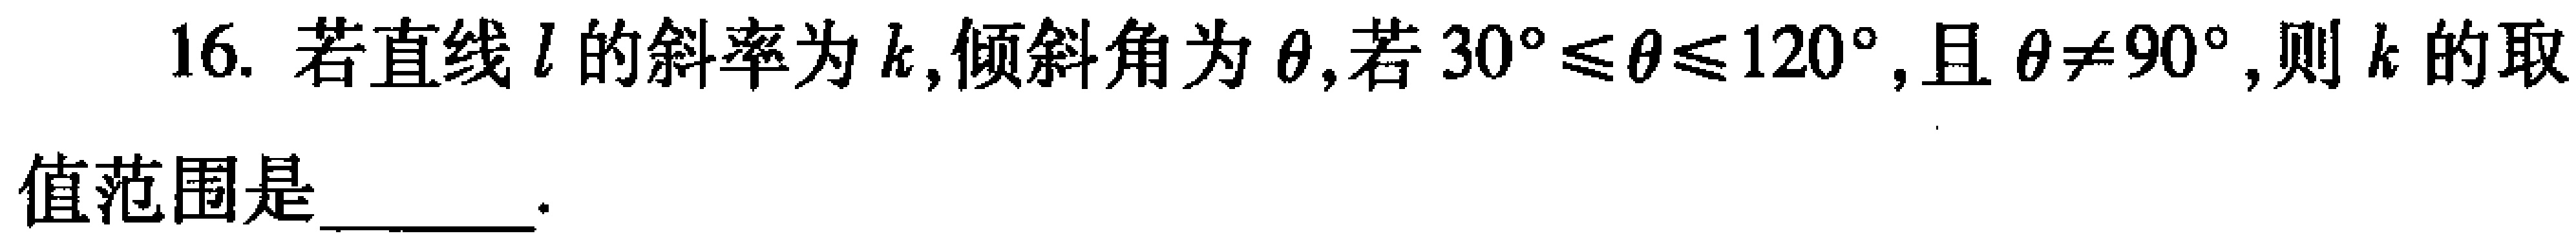
16. 若直线\(l\)的斜率为\(k\),倾斜角为\(\theta\),若\(30^{\circ}\leq\theta\leq120^{\circ}\),且\(\theta\neq90^{\circ}\),则\(k\)的取值范围是\(\underline{\quad\quad}\).